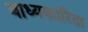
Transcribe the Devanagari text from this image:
बाध्यकारिता